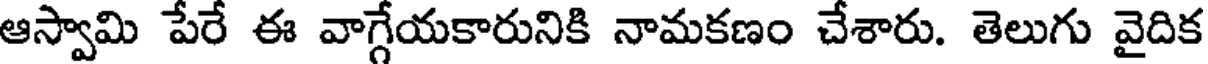
ఆస్వామి పేరే ఈ వాగ్గేయకారునికి నామకణం చేశారు. తెలుగు వైదిక